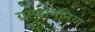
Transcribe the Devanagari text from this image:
ग्राफोमेनिया